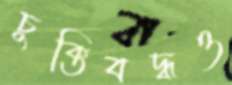
চুক্তিবদ্ধও